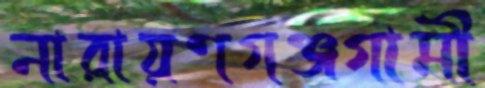
নারায়ণগঞ্জগামী